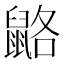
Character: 䶅